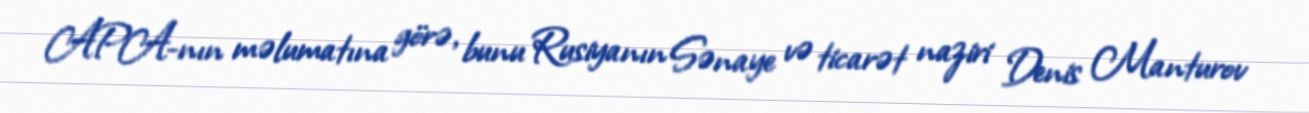
APA-nın məlumatına görə, bunu Rusiyanın Sənaye və ticarət naziri Denis Manturov